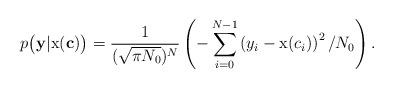
LaTeX: \begin{align*} p\big(\mathbf{y}|\textup{x}(\mathbf{c})\big)= \frac{1}{(\sqrt{\pi N_0})^N} \left(-\sum_{i=0}^{N-1} \left(y_i-\textup{x}(c_i)\right)^2/N_0 \right).\end{align*}